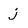
Character: j